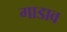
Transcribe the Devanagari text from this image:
गाडाव